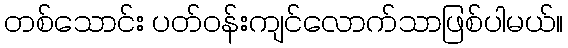
တစ်သောင်း ပတ်ဝန်းကျင်လောက်သာဖြစ်ပါမယ်။